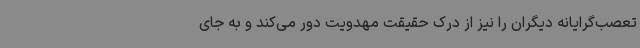
تعصب‌گرایانه دیگران را نیز از درک حقیقت مهدویت دور می‌کند و به جای